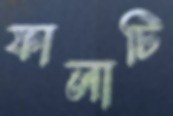
ফালাটি